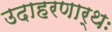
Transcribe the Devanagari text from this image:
उदाहरणार्थः